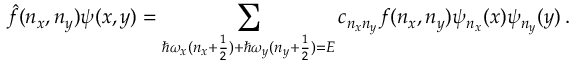
\hat { f } ( n _ { x } , n _ { y } ) \psi ( x , y ) = \sum _ { \hbar \omega _ { x } ( n _ { x } + \frac { 1 } { 2 } ) + \hbar \omega _ { y } ( n _ { y } + \frac { 1 } { 2 } ) = E } c _ { n _ { x } n _ { y } } f ( n _ { x } , n _ { y } ) \psi _ { n _ { x } } ( x ) \psi _ { n _ { y } } ( y ) \, .